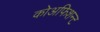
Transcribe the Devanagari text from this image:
कोअफिशन्ट